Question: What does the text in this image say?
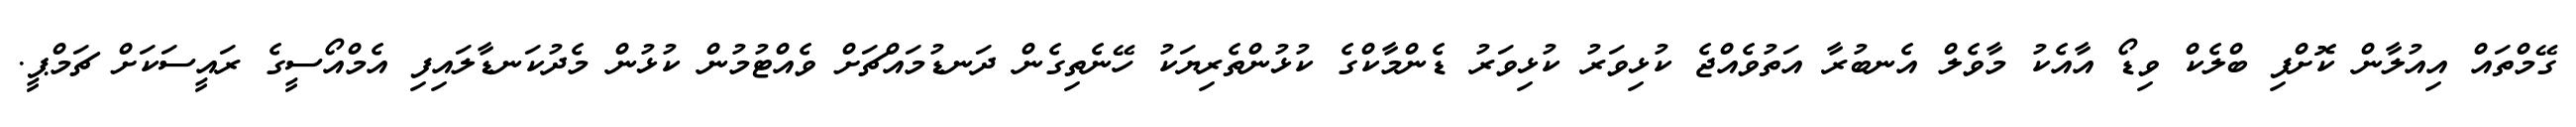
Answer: ގޭމްތައް އިއުލާން ކޮށްފި ބްލެކް ވިޑޯ އާއެކު މާވެލް އެނބުރާ އަތުވެއްޖެ ކުޅިވަރު ކުޅިވަރު ޑެންމާކްގެ ކުޅުންތެރިޔަކު ހޭނެތިގެން ދަނޑުމައްޗަށް ވެއްޓުމުން ކުޅުން މެދުކަނޑާލައިފި އެމްއޯސީގެ ރައީސަކަށް ޗަމްޕީ.